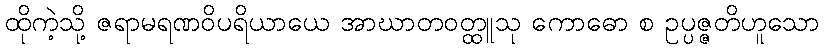
ထိုကဲ့သို့ ဇရာမရဏဝိပရိယာယေ အာဃာတဝတ္ထူသု ကောဓော စ ဥပ္ပဇ္ဇတိဟူသော